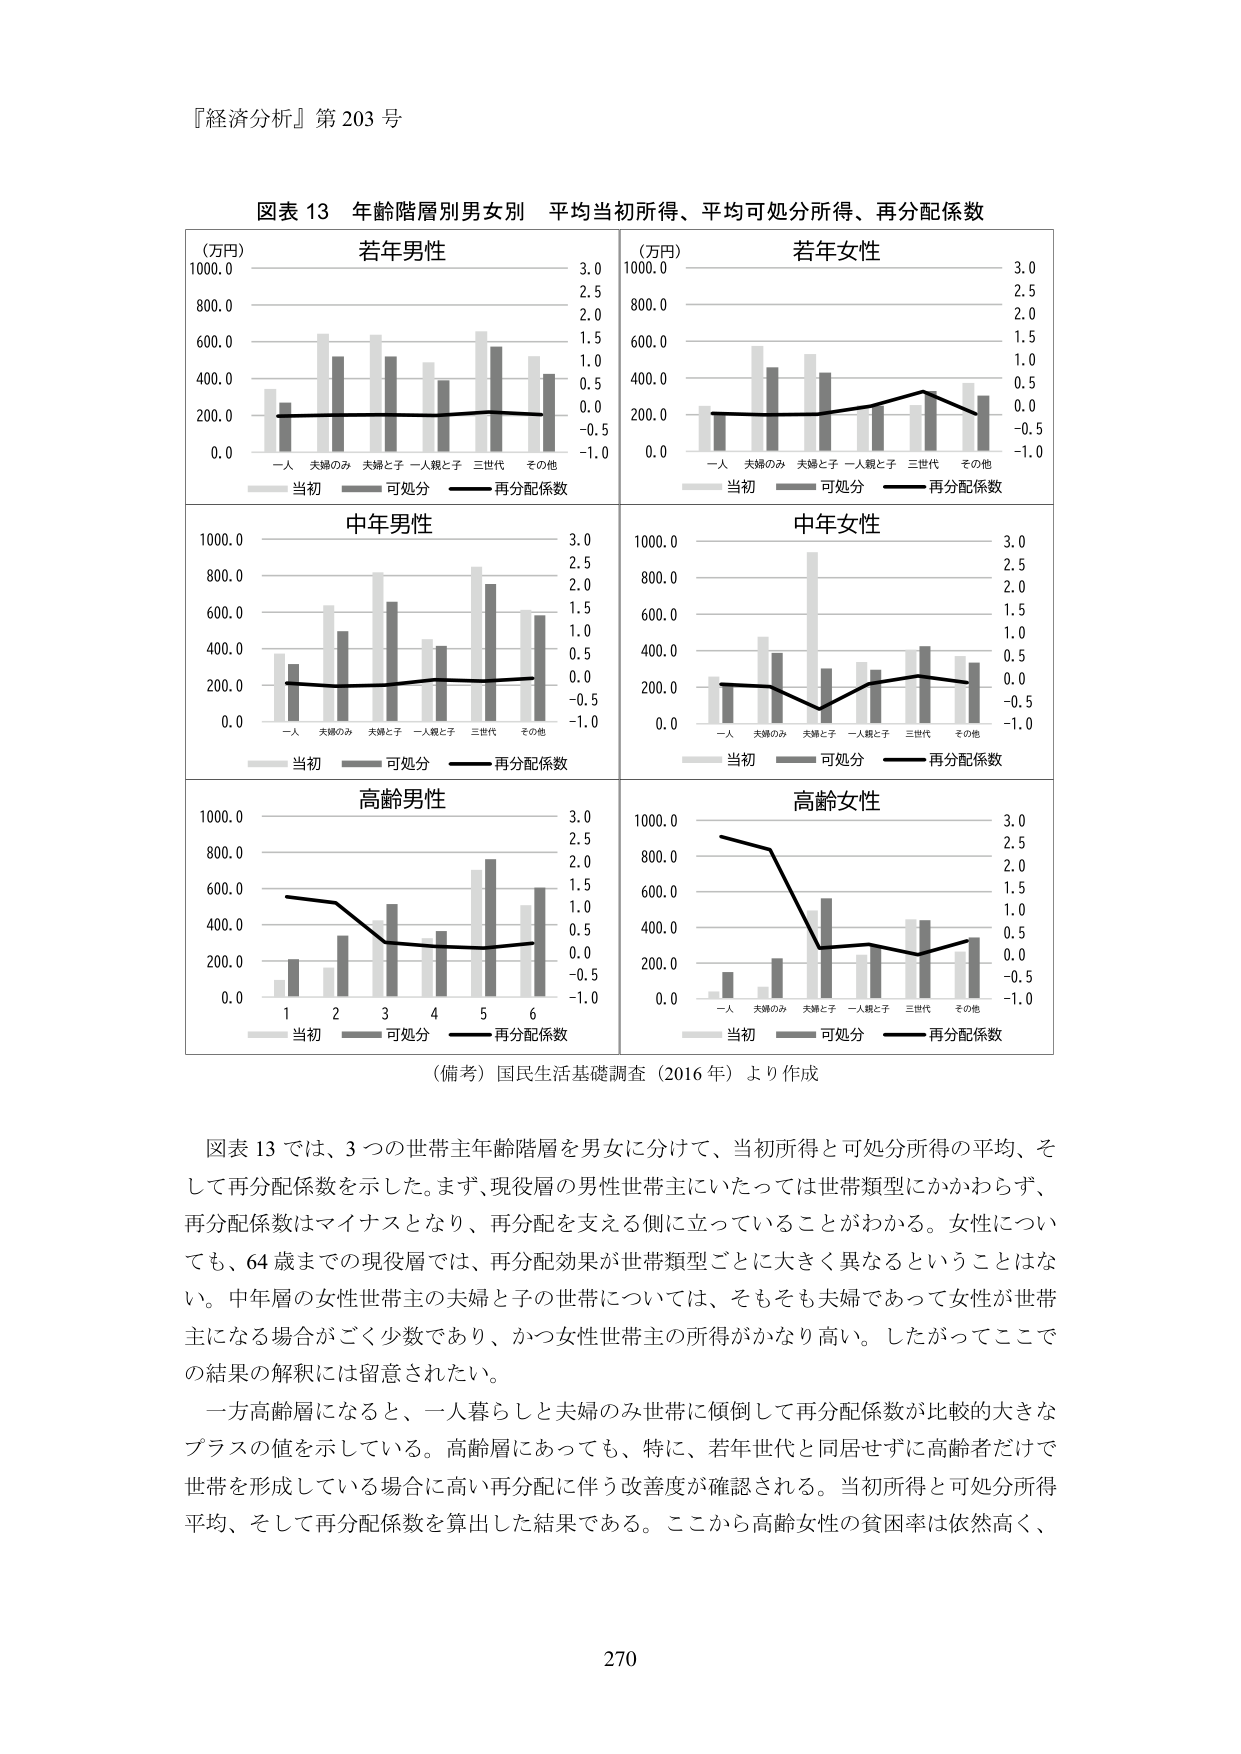
『経済分析』第 203 号

図表 13 年齢階層別男女別 平均当初所得、平均可処分所得、再分配係数

（万円） 若年男性
1000.0
800.0
600.0
400.0
200.0
0.0
一人 夫婦のみ 夫婦と子 一人親と子 三世代 その他
当初 可処分 再分配係数
3.0
2.5
2.0
1.5
1.0
0.5
0.0
-0.5
-1.0

（万円） 若年女性
1000.0
800.0
600.0
400.0
200.0
0.0
一人 夫婦のみ 夫婦と子 一人親と子 三世代 その他
当初 可処分 再分配係数
3.0
2.5
2.0
1.5
1.0
0.5
0.0
-0.5
-1.0

中年男性
1000.0
800.0
600.0
400.0
200.0
0.0
一人 夫婦のみ 夫婦と子 一人親と子 三世代 その他
当初 可処分 再分配係数
3.0
2.5
2.0
1.5
1.0
0.5
0.0
-0.5
-1.0

中年女性
1000.0
800.0
600.0
400.0
200.0
0.0
一人 夫婦のみ 夫婦と子 一人親と子 三世代 その他
当初 可処分 再分配係数
3.0
2.5
2.0
1.5
1.0
0.5
0.0
-0.5
-1.0

高齢男性
1000.0
800.0
600.0
400.0
200.0
0.0
1 2 3 4 5 6
当初 可処分 再分配係数
3.0
2.5
2.0
1.5
1.0
0.5
0.0
-0.5
-1.0

高齢女性
1000.0
800.0
600.0
400.0
200.0
0.0
一人 夫婦のみ 夫婦と子 一人親と子 三世代 その他
当初 可処分 再分配係数
3.0
2.5
2.0
1.5
1.0
0.5
0.0
-0.5
-1.0

（備考）国民生活基礎調査（2016 年）より作成

図表 13 では、3 つの世帯主年齢階層を男女に分けて、当初所得と可処分所得の平均、そして再分配係数を示した。まず、現役層の男性世帯主にいたっては世帯類型にかかわらず、再分配係数はマイナスとなり、再分配を支える側に立っていることがわかる。女性についても、64 歳までの現役層では、再分配効果が世帯類型ごとに大きく異なるということはない。中年層の女性世帯主の夫婦と子の世帯については、そもそも夫婦であって女性が世帯主になる場合がごく少数であり、かつ女性世帯主の所得がかなり高い。したがってここでの結果の解釈には留意されたい。

一方高齢層になると、一人暮らしと夫婦のみ世帯に傾倒して再分配係数が比較的大きなプラスの値を示している。高齢層にあっても、特に、若年世代と同居せずに高齢者だけで世帯を形成している場合に高い再分配に伴う改善度が確認される。当初所得と可処分所得平均、そして再分配係数を算出した結果である。ここから高齢女性の貧困率は依然高く、

270